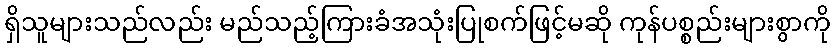
ရှိသူများသည်လည်း မည်သည့်ကြားခံအသုံးပြုစက်ဖြင့်မဆို ကုန်ပစ္စည်းများစွာကို